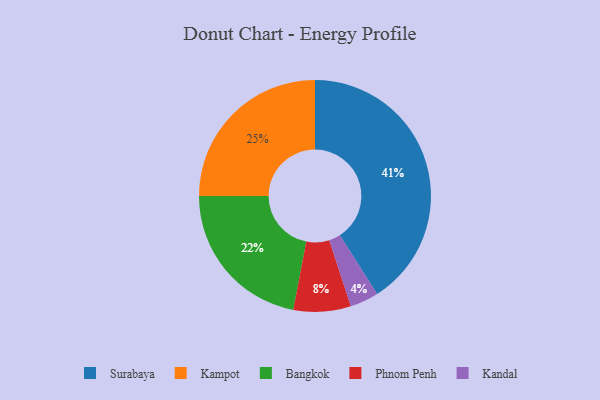
{"axis": {"x": "Category", "y": "Percentage"}, "legend": ["Bangkok", "Kampot", "Kandal", "Phnom Penh", "Surabaya"], "data": [{"x": "Bangkok", "y": 22, "type": "Bangkok"}, {"x": "Kampot", "y": 25, "type": "Kampot"}, {"x": "Surabaya", "y": 41, "type": "Surabaya"}, {"x": "Kandal", "y": 4, "type": "Kandal"}, {"x": "Phnom Penh", "y": 8, "type": "Phnom Penh"}]}